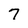
Character: 7